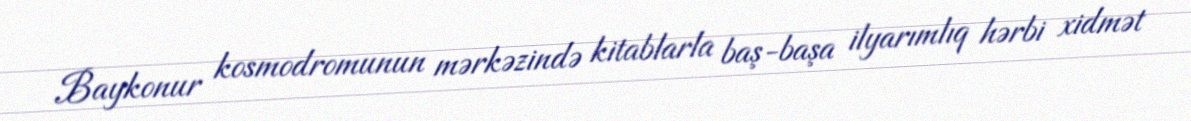
Baykonur kosmodromunun mərkəzində kitablarla baş-başa ilyarımlıq hərbi xidmət